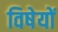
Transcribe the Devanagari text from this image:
विषेयों